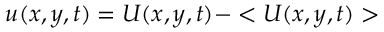
u ( x , y , t ) = U ( x , y , t ) - < U ( x , y , t ) >